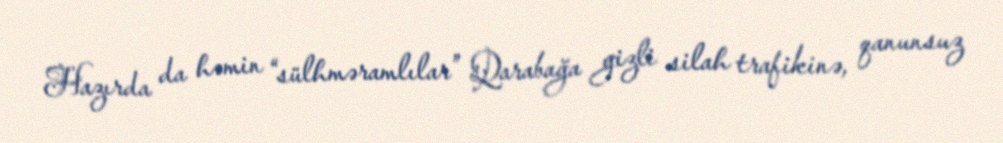
Hazırda da həmin “sülhməramlılar” Qarabağa gizli silah trafikinə, qanunsuz